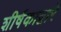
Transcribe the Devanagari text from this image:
शीर्षकाद्वारे